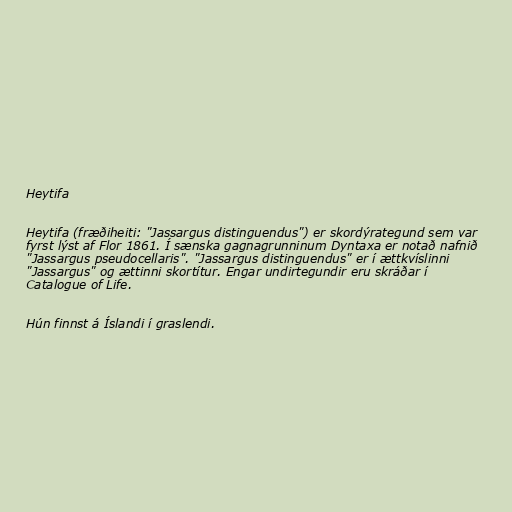
Heytifa

Heytifa (fræðiheiti: "Jassargus distinguendus") er skordýrategund sem var
fyrst lýst af Flor 1861. Í sænska gagnagrunninum Dyntaxa er notað nafnið
"Jassargus pseudocellaris". "Jassargus distinguendus" er í ættkvíslinni
"Jassargus" og ættinni skortítur. Engar undirtegundir eru skráðar í
Catalogue of Life.

Hún finnst á Íslandi í graslendi.